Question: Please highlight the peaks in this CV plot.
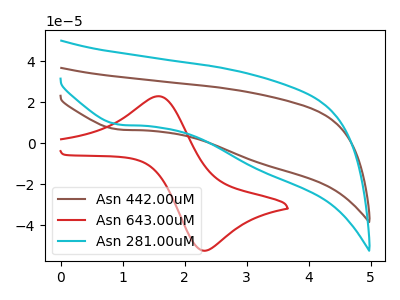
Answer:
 <answer>The brown curve "Asn 442.00uM" has a cathodic peak at: (0.95V, 6.60uA). The red curve "Asn 643.00uM" has an anodic peak at (1.60V, 22.85uA) and a cathodic peak at (2.30V, -52.35uA). The cyan curve "Asn 281.00uM" has a cathodic peak at: (0.95V, 9.00uA).</answer>
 <eval></eval>